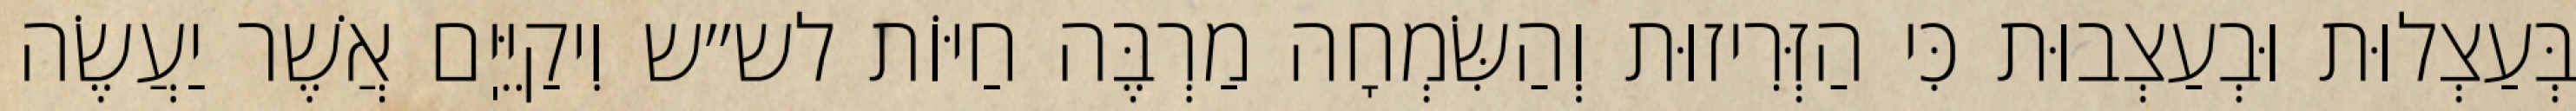
בְּעַצְלוּת וּבְעַצְבוּת כִּי הַזְּרִיזוּת וְהַשִּׂמְחָה מַרְבֶּה חַיּוֹת לש״ש וִיקַיֵּיֽם אֲשֶׁר יַעֲשֶׂה